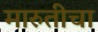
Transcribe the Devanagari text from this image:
मारुतीचा